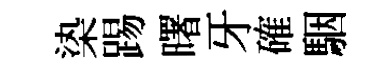
𣑱踢曙牙確駰